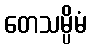
တေသမ္ပိမံ